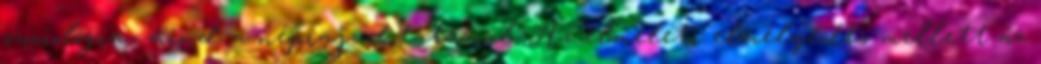
szociológia- mind a néprajz-oktatással. Az elméleti elmélyedés mellett az